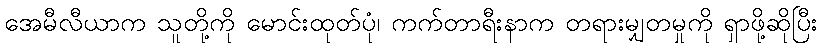
အေမီလီယာက သူတို့ကို မောင်းထုတ်ပုံ၊ ကက်တာရီးနာက တရားမျှတမှုကို ရှာဖို့ဆိုပြီး